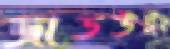
জাডউইং